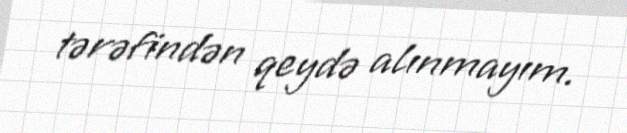
tərəfindən qeydə alınmayım.